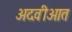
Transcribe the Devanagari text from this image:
अदवीआत